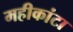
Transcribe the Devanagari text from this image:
महीकांटा